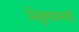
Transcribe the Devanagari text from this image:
भिक्षूंच्यासाठी